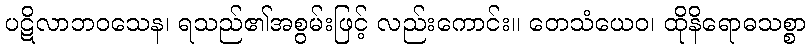
ပဋိလာဘဝသေန၊ ရသည်၏အစွမ်းဖြင့် လည်းကောင်း။ တေသံယေဝ၊ ထိုနိရောဓသစ္စာ